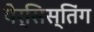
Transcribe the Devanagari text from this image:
पेर्सिस्तिंग